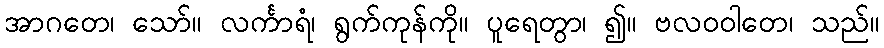
အာဂတေ၊ သော်။ လင်္ကာရံ၊ ရွက်ကုန်ကို။ ပူရေတွာ၊ ၍။ ဗလဝဝါတေ၊ သည်။